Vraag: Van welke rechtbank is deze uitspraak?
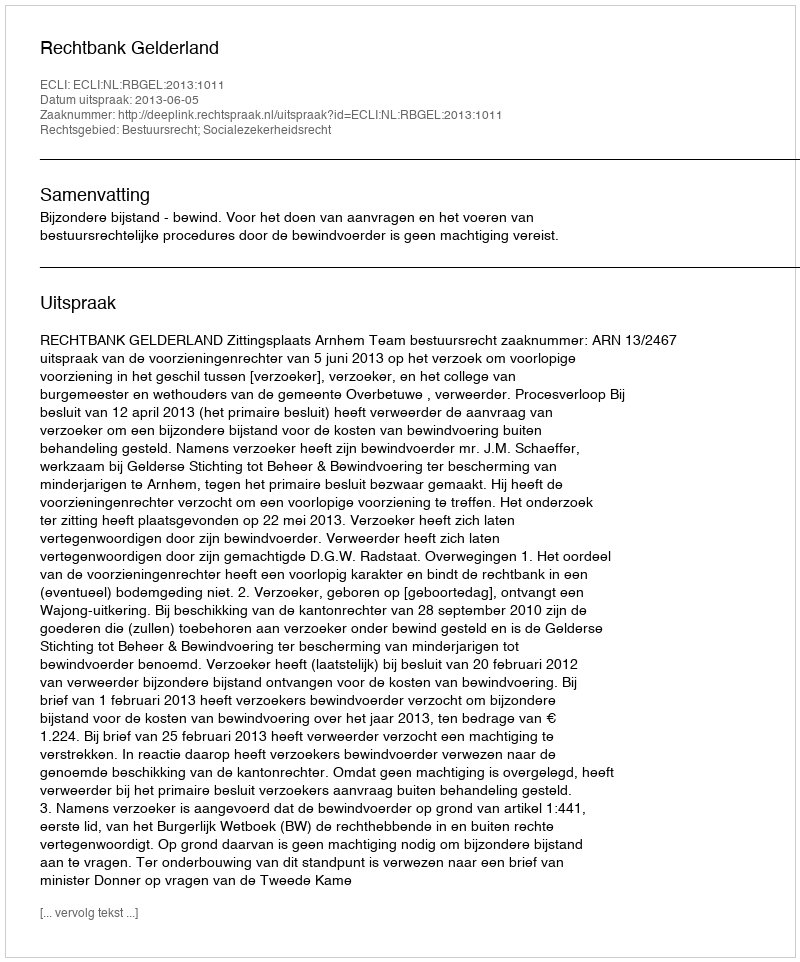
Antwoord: Rechtbank Gelderland